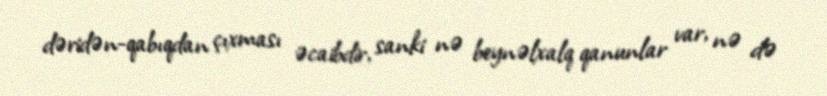
dəridən-qabıqdan çıxması əcaibdir, sanki nə beynəlxalq qanunlar var, nə də